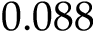
0 . 0 8 8